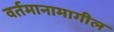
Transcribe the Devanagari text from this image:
वर्तमानामागील